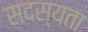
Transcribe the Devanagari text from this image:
सदस्यता